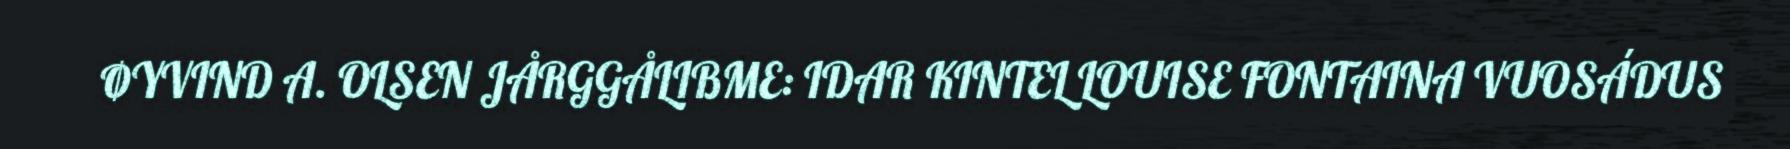
ØYVIND A. OLSEN JÅRGGÅLIBME: IDAR KINTEL LOUISE FONTAINA VUOSÁDUS